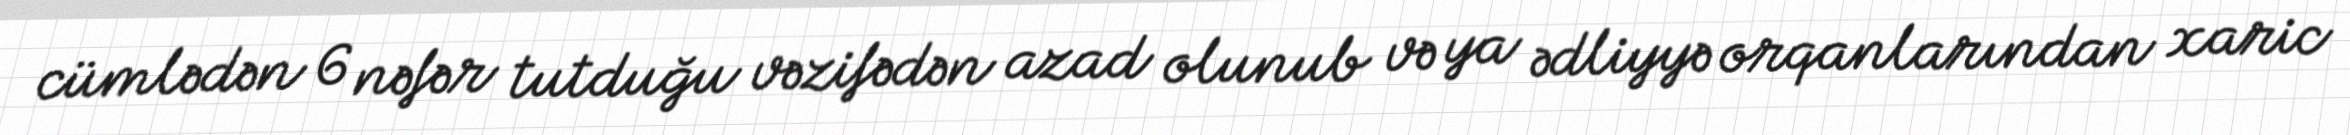
cümlədən 6 nəfər tutduğu vəzifədən azad olunub və ya ədliyyə orqanlarından xaric